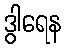
ဒွါရေန